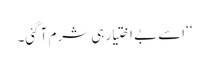
‘‘ اسے بے اختیار ہی شرم آ گئی۔